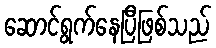
ဆောင်ရွက်နေပြီဖြစ်သည်